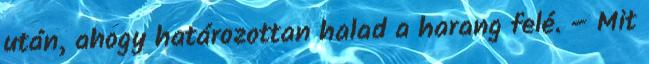
után, ahogy határozottan halad a harang felé. – Mit